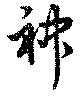
神